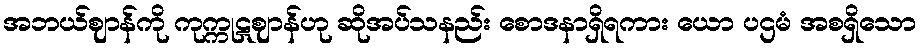
အဘယ်ဈာန်ကို ကုက္ကုဋဈာန်ဟု ဆိုအပ်သနည်း စောဒနာရှိရကား ယော ပဌမံ အစရှိသော